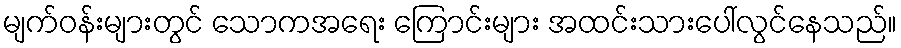
မျက်ဝန်းများတွင် သောကအရေး ကြောင်းများ အထင်းသားပေါ်လွင်နေသည်။